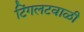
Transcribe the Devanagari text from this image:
टिंगलटवाळी